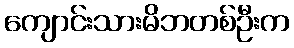
ကျောင်းသားမိဘတစ်ဦးက